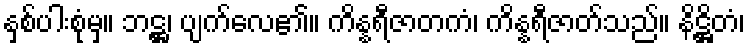
နှစ်ပါးစုံမှ။ ဘဋ္ဌ၊ ပျက်လေ၏။ ကိန္နရီဇာတကံ၊ ကိန္နရီဇာတ်သည်။ နိဋ္ဌိတံ၊